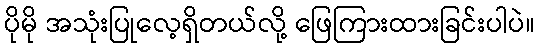
ပိုမို အသုံးပြုလေ့ရှိတယ်လို့ ဖြေကြားထားခြင်းပါပဲ။